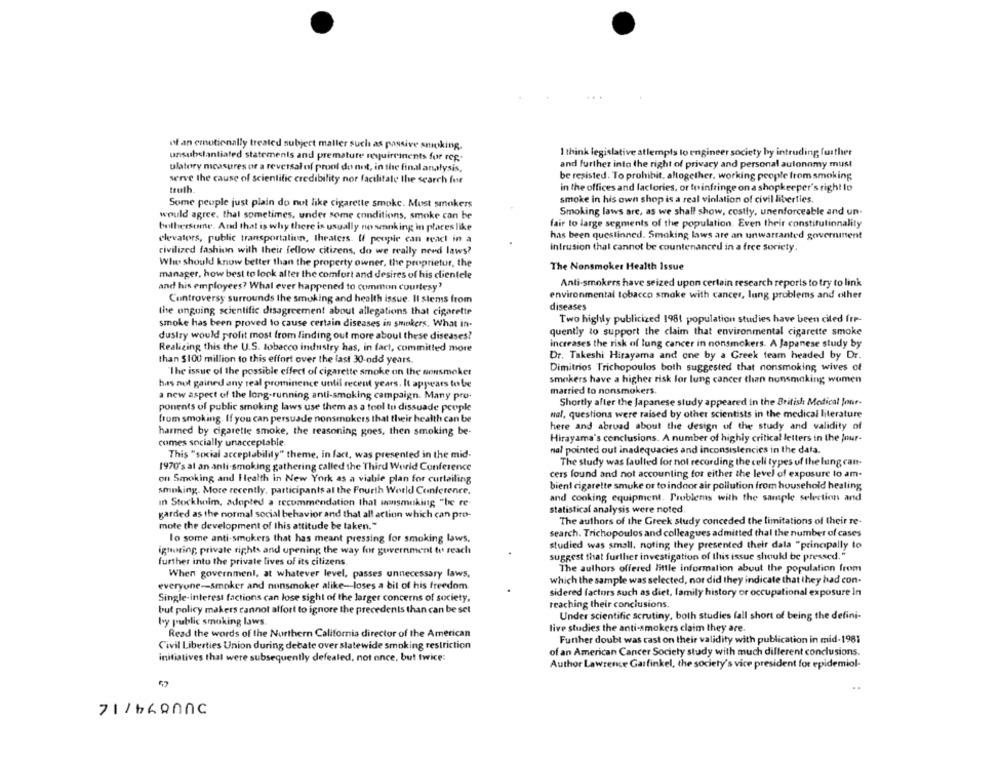
of an emotionally treated subject maller such as passive smoking.
I think legislative atlempts lo engineer society by intruding further
unsubstantiated statements and premature requirements for res-
ulatory measures or a reversal of proof do not, in the final analysis,
and further into the right of privacy and personal aulonnmy must
be resisted. To prohibit, altogether, working people from smoking
serve the cause of scientific credibility nor facilitale the search for
truth
in the offices and factories, or to infringe on a shopkeeper's right lo
smoke in his own shop is a real vinlation of civil liberties.
Some people just plain do not like cigarette smoke. Must smokers
Smoking laws are, as we shall show, costly, unenforceable and un-
would agree, that sometimes, under some conditions, smoke can be
bothersome. And that is why there is usually no smoking in places like
fair lo large segments of the population. Even their constitutionality
has been questinned. Smoking laws are an unwarranted government
elevators, public transportation, theaters. If people can reach in a
civilized fashion with their fellow citizens, do we really need laws?
intrusion that cannot be countenanced in a free society
Why should know better than the property owner, the proprietur, the
The Nonsmoker Health Issue
manager, how best to look after the comfort and desires of his clientele
and his employees? What ever happened to common courtesy?
Anti-smokers have seized upon certain research reports to try to link
environmental tobacco smoke with cancer, lung problems and other
Controversy surrounds the smoking and health issue. Il stems from
the ongoing scientific disagreement about allegations that cigarette
diseases
Two highly publicized 1981 population studies have been ciled fre-
smoke has been proved to cause certain diseases in smokers. What in-
dustry would profit most from finding out more about these diseases?
quently to support the claim that environmental cigarette smoke
Realizing this the U.S. tobacco industry has, in fact, committed more
increases the risk of lung cancer in nonsmokers. A Japanese study by
Dr. Takeshi Hirayarna and one by a Greek team headed by Dr.
than $100 million to this effort over the last 30-odd years.
"The issue of the possible effect of cigarette smoke on the nonsmoker
Dimitrios Trichopoulos both suggested that nonsmoking wives of
smokers have a higher risk for lung cancer than nonsmoking women
has not gained any real prominence until recent years. It appears to be
anew aspect of the long-running anti-smoking campaign. Many pro-
married to nonsmokers.
Shortly after the Japanese study appeared in the British Medical Jour-
ponents of public smoking laws use them as a tool to dissuade people
frum smoking. If you can persuade nonsmokers that their health can be
wal, questions were raised by other scientists in the medical literature
here and abroad about the design of the study and validity of
harmed by cigarette smoke, the reasoning goes, then smoking be-
comes socially unacceptable.
Hirayama's conclusions. A number of highly critical letters in the Jour-
nal pointed out inadequacies and inconsistencies in the data.
This "social acceptability" theme, in fact, was presented in the mid-
The study was faulted for not recording the cell types of the lung can-
1970's al an anli smoking gathering called the Third World Conference
on Smoking and Health in New York as a viable plan for curtailing
cers found and not accounting for either the level of exposure to am-
bient cigarette smuke or to indoor air pollution from household healing
smoking. More recently, participants al the Fourth World Conference.
In Stockholm, adopted a recommendation that wonsmoking "be re-
and cooking equipment. Problems with the sample selection and
statistical analysis were noted
garded as the normal social behavior and that all action which can pro-
mote the development of this attitude be taken."
The authors of the Greek study conceded the limitations of their re-
search. Trichopoulos and colleagues admitted thal the number of cases
lo some anti-smokers that has meant pressing for smoking laws.
studied was small, noting they presented their dala "principally to
ignoring private rights and upening the way for government to reach
suggest that further investigation of this issue should be pressed."
further into the private lives of its citizens.
The authors offered little information about the population from
When government, at whatever level, passes unnecessary laws,
everyone-smoker and nunsmoker alike -- loses a bit of his freedom
which the sample was selected, nor did they indicate that they had con-
sidered factors such as diet, family history or occupational exposure In
Single-interest factions can lose sight of the larger concerns of society,
but policy makers cannot affort to ignore the precedents than can be set
reaching their conclusions.
Under scientific scrutiny, both studies fall short of being the defini-
by public smoking laws
live studies the anti-smokers claim they are.
Read the words of the Northern California director of the American
Further doubt was cast on their validity with publication in mid-1981
Civil Liberties Union during debate over statewide smoking restriction
of an American Cancer Society study with much different conclusions.
initiatives that were subsequently defeated, not once, but twice:
Author Lawrence Garfinkel, the society's vice president for epidemiol-
71 /b600nc